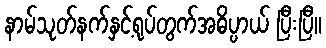
နာမ်သုတ်နက်နှင့်ရုပ်တွက်အဓိပ္ပာယ် ပြီးပြီ။